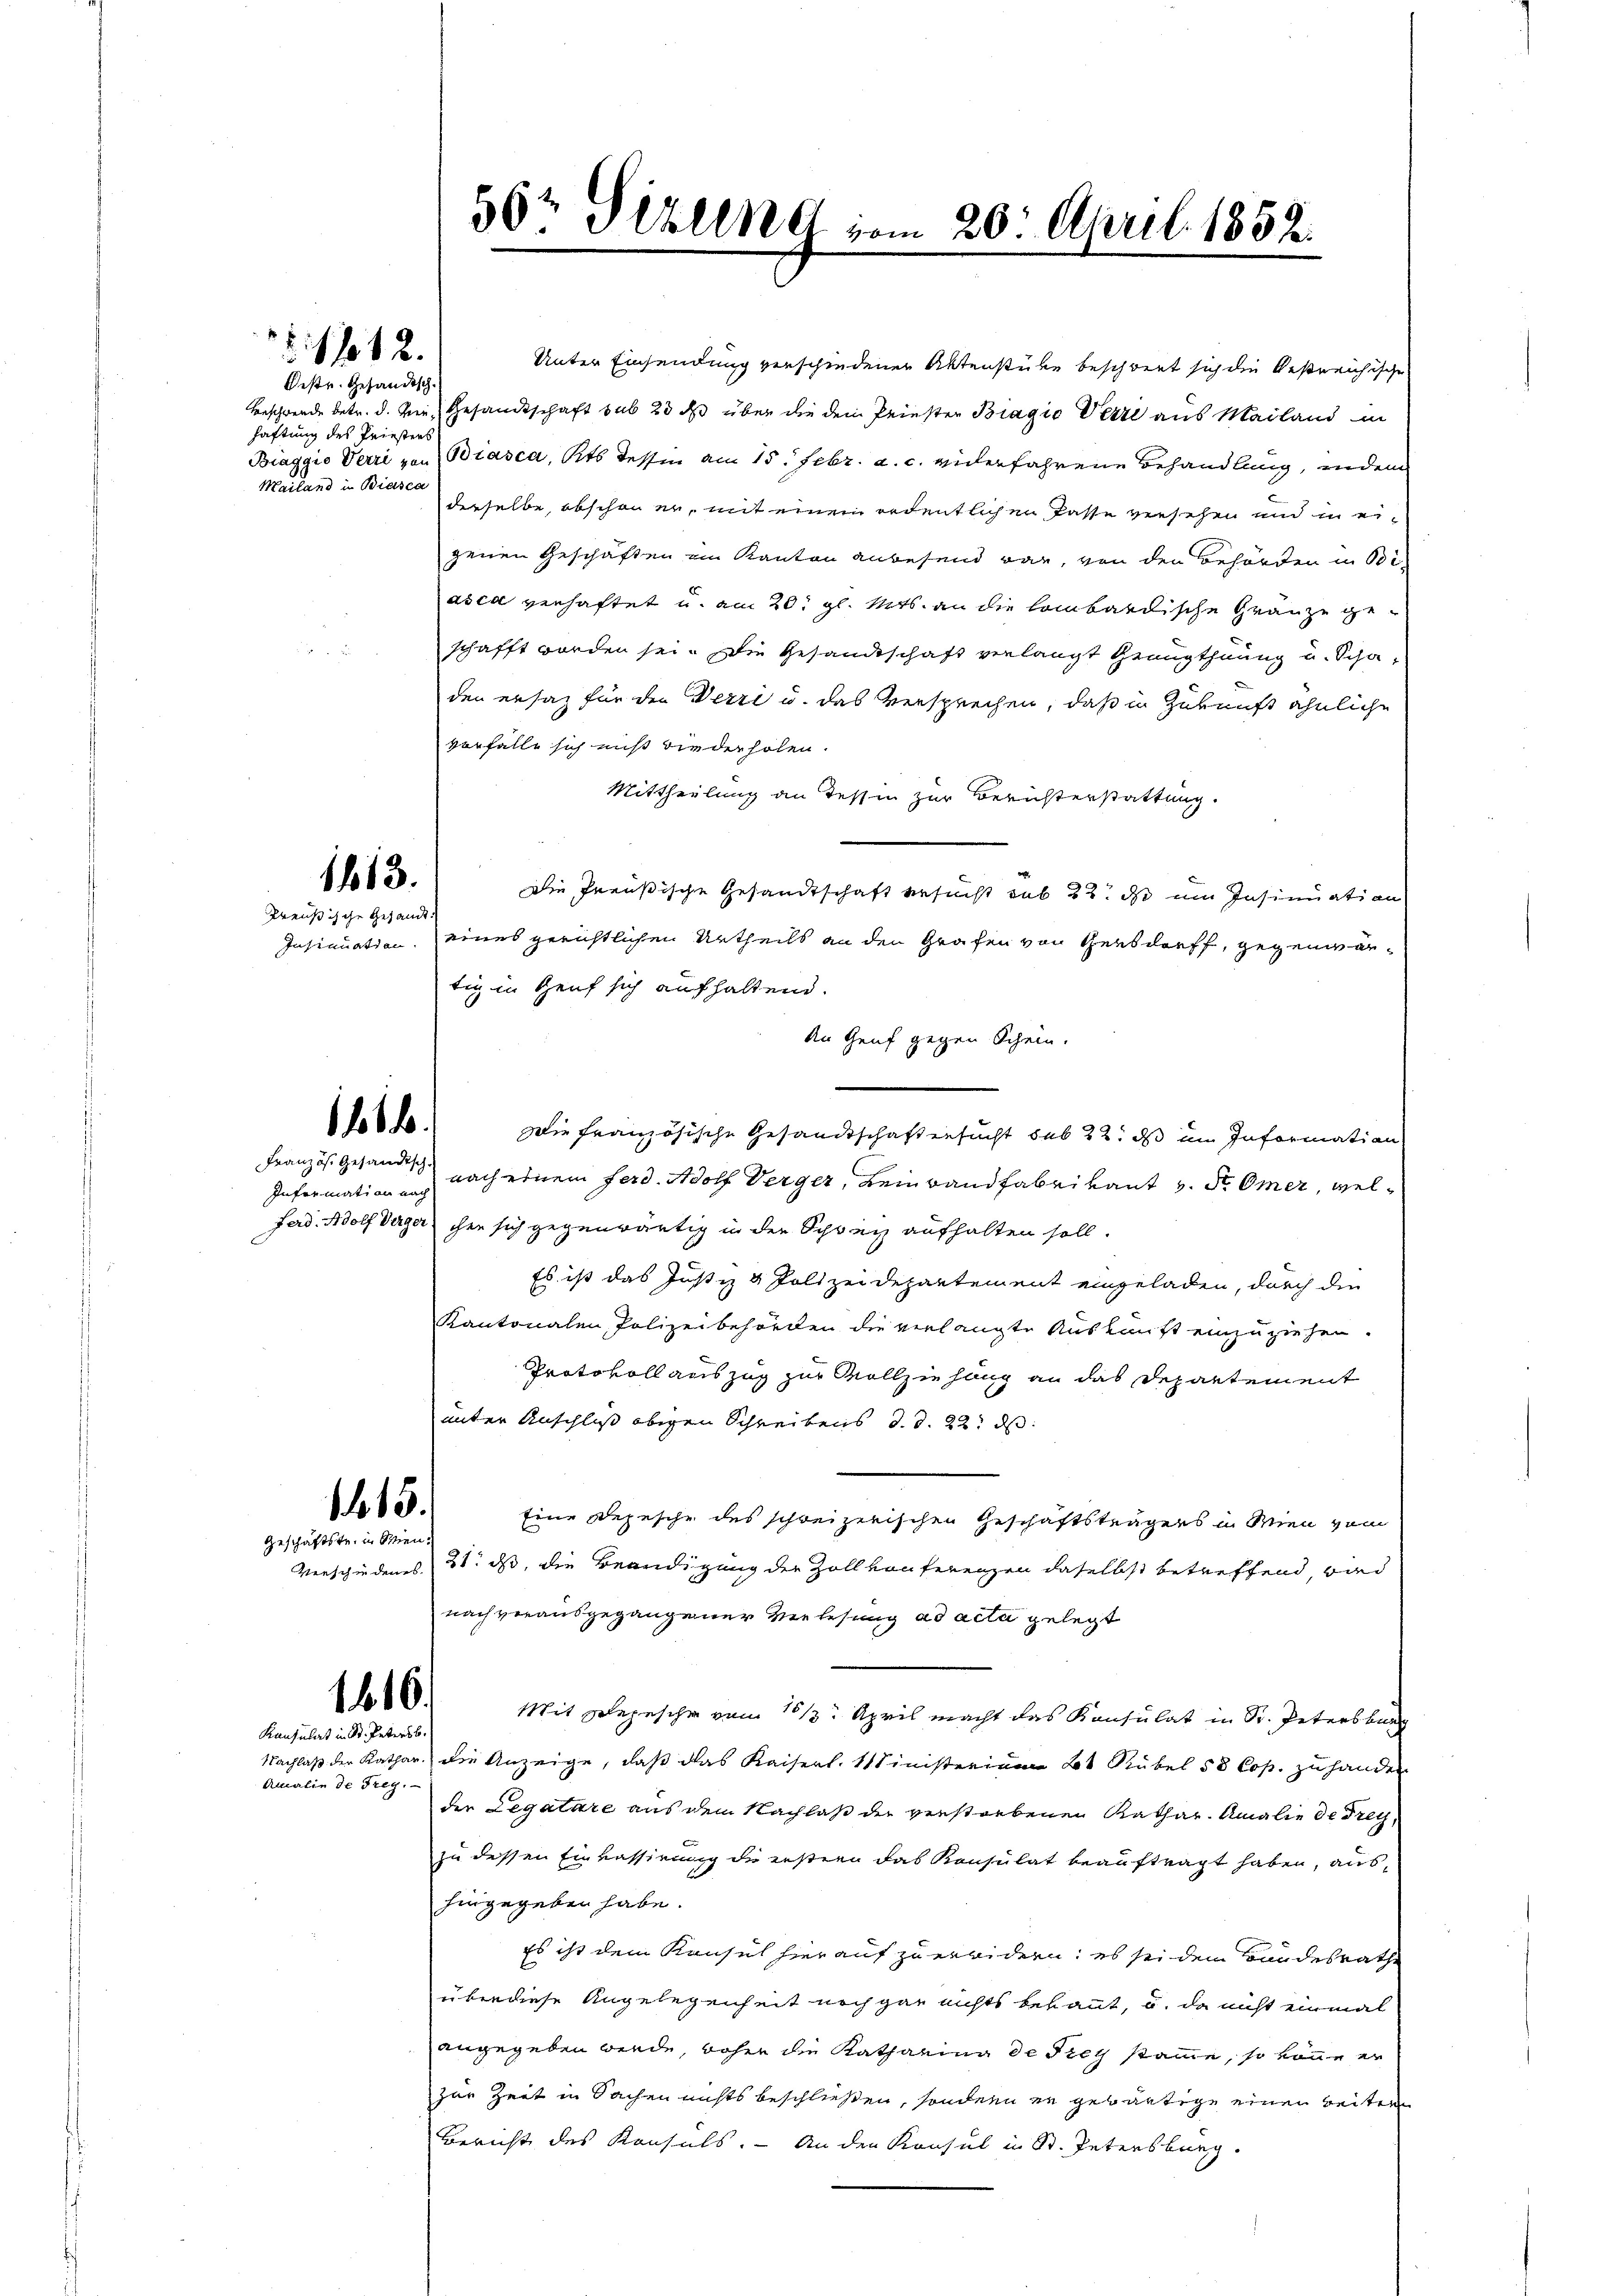
112.

Destr. Gesandtsch.
haftung des Priesters
Mailand in Biasca

1613.
Preußische Gesandt.

11.

Information nach

1445.
Geschäftste in Wien.

1416.
Konsulat in St. Petersb

Amalin de Treg.

56t Sizung vom 20. April 1852.

Unter Einsendung verschiedener Aktenstücke beschreut sich die bestreichische
Beschwerde betr. d. die Gesandtschaft sub 23 des über die dem Priester Bragio Verze aus Mailand in
Biaggio Verri von Biasca, Kts. Tessin am 15. Febr. a. c. widerfahrene Behandlung, indem
derselbe, obschon er, mit einem ordentlichen Pässe versehen und in eigenen Geschäften im Kanton anwesend war, von den Behörden in Biasca verhaftet u. am 20. gl. Mts. an die lombardische Gränze geschafft worden sei. Die Gesandtschaft verlangt Genugthuung u. Scha-
den ersatz für den Verri u. das Versprechen, daß in Zukunft ähnliche
vorfalle sich nicht wiederholen.
Mittheilung an dessen zur Berichterstattung.
Die Preußische Gesandtschaft ersucht sub 22. ds im Insinuation
Insinuation, eines gerichtlichen Urtheils an den Grafen von Gensdorff, gegenwärtig in Genf sich aufhaltend.
An Genf gegen Schein.
Die französische Gesandtschaftersucht sub 22. ds im Information
Französ. Gesandt nach einem Ferd. Adolf Verger, Leinwandfabrikant v. dr. Omer, wel¬
Ferd. Adolf Verger ihre sich gegenwärtig in der Schweiz aufhalten soll.
Es ist das Justiz & Polizeidepartement eingeladen, durch die
Kantonalen Polizeibehörden die verlangte Auskunft einzuziehen.
Protokoll auszug zur Vollziehung an das Departement
unter Anschluß obigen Schreibens d. d. 22. ds.
Eine Depesche des schweizerischen Geschäftsträgers in Wien vom
Verschiedenes 31. ds, die Beendigung der Zoll vonferenzen daselbst betreffend, wied
nach verausgegangener Verlesung ad acta gelegt
Mit Depesche von 1613. April macht das Konsulat in Sr. Petersburg
Nachlaß der Kathar. die Anzeige, daß das Kaiserl. Ministerium 2t Sübel 58 Cop. zu hander
der Legatare aus dem Nachlaß der verstorbenen Kathar. Amalie de Freyzu dessen Einkassirung die erstern das Konsulat beauftragt haben, aushingegeben habe.
Es ist dem Konsul hierauf zu erwidern, es sei dem Bundesrath
überdiese Angelegenheit noch gar nichts bekannt, u. da nicht einmal
angegeben werde, daher die Katharina de Frey stamme, so könne er
zur Zeit in Sachen nichts beschließen, sondern er gebäutige einen beitern
Bericht des Konsuls. — An den Konsul in St. Petersburg.